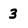
Character: 3